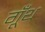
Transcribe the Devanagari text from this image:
गूॅंथ